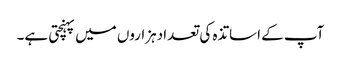
آپ کے اساتذہ کی تعدا دہزاروں میں پہنچتی ہے۔